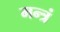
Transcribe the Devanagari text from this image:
मन्त्रं